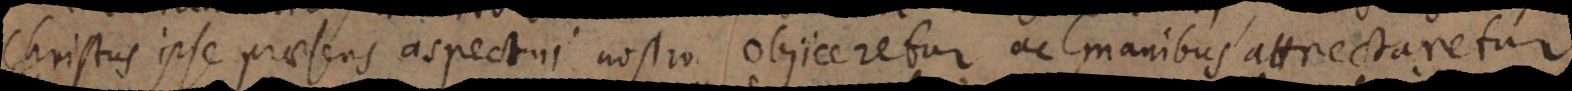
Christus ipse praesens aspectui nostro objiceretur ac manibus attrectaretur